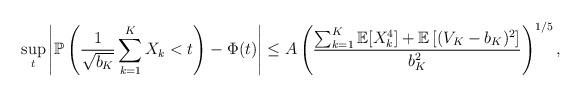
LaTeX: \begin{align*} \sup_t\left|\mathbb{P}\left(\frac{1}{\sqrt{b_K}}\sum_{k=1}^KX_k<t\right)-\Phi(t)\right|\leq A\left(\frac{\sum_{k=1}^K\mathbb{E}[X_k^4]+\mathbb{E}\left[(V_K-b_K)^2\right]}{b_K^2}\right)^{1/5},\end{align*}